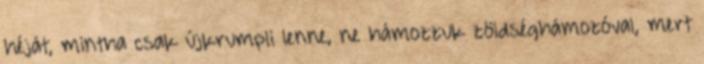
héját, mintha csak újkrumpli lenne, ne hámozzuk zöldséghámozóval, mert